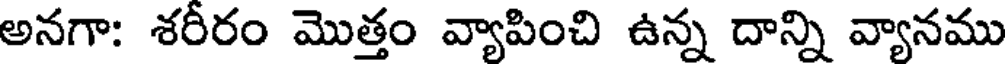
అనగా: శరీరం మొత్తం వ్యాపించి ఉన్న దాన్ని వ్యానము